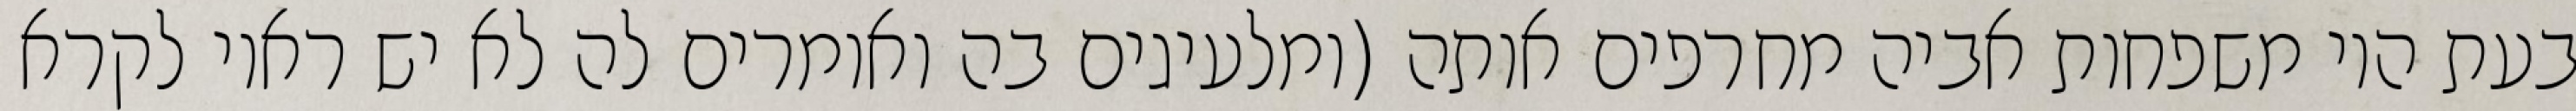
בעת היו משפחות אביה מחרפים אותה (ומלעיגים בה ואומרים לה לא יש ראוי לקרא